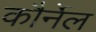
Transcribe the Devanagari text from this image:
कौर्नेल